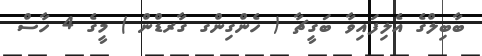
ބާބިލްގެ އެލިފައިވާ ބަގީޗާ ( ހެންގިންގ ގާރޑްން ) މީގެ 4 ހާސް